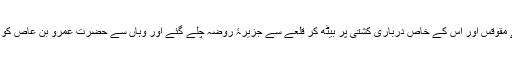
رات گئے مقوقس اور اس کے خاص درباری کشتی پر بیٹھ کر قلعے سے جزیرۂ روضہ چلے گئے اور وہاں سے حضرت عمرو بن عاص کو خط لکھا۔